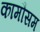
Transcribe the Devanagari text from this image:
कामौसम